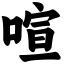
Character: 喧